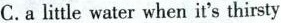
C.alittle water when it's thirsty